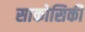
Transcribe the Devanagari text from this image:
साकोसिकी